Vaccination North-Western Provinces 1866-1877 - 1866-1877
Year: 1866
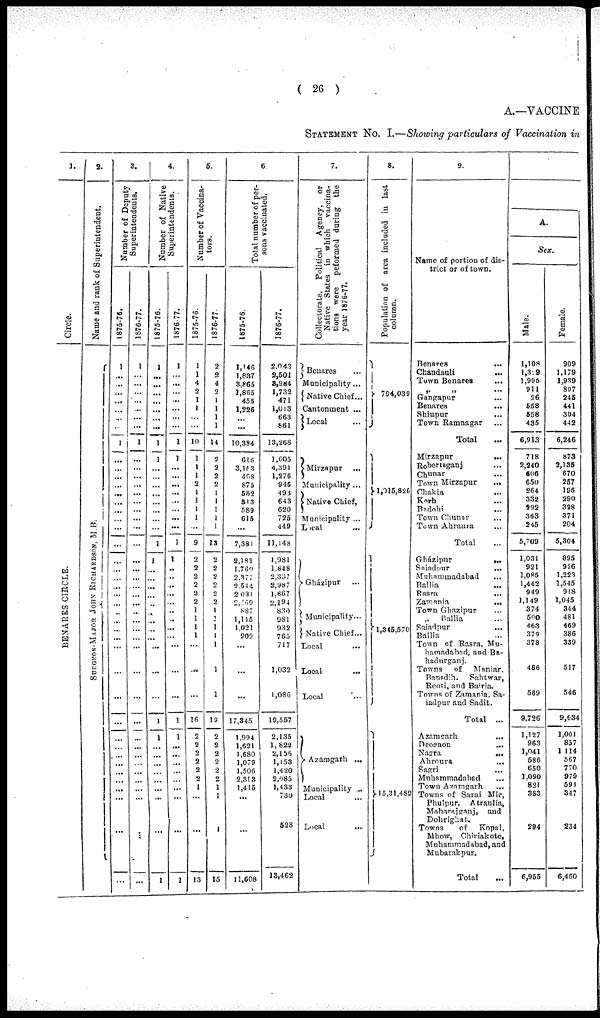
( 26 )
A.—VACCINE
STATEMENT No. I.—Showing particulars of Vaccination in
1.
Circle.
BENARES CI RCLE.
2.
Name and rank of Superintendent.
SURGEON-MAJOR J
OHN RICHARDS ON, M. B.
3.
Number of Deputy
Superintendents.
1875-76.
1
...
...
...
...
...
...
...
1
...
....
...
...
...
...
...
...
...
...
...
...
...
...
...
...
...
...
...
...
...
...
...
...
...
...
...
...
...
...
...
...
...
1876-77.
1
...
...
...
...
...
...
...
1
...
...
...
...
...
...
...
...
...
...
...
...
...
...
...
...
...
...
...
...
...
...
...
...
...
...
...
...
...
...
...
...
...
...
4.
Number of Native
Superintendents.
1875-76.
1
...
...
...
...
...
...
...
1
1
...
...
...
...
...
...
...
...
1
1
...
...
...
...
...
...
...
...
...
...
...
...
1
1
...
...
...
...
...
...
...
...
1
1876-77.
1
...
...
...
...
...
...
...
1
1
...
...
...
...
...
...
...
...
1
1
...
...
...
...
...
...
...
...
...
...
...
...
1
1
...
...
...
...
...
...
...
...
1
5.
Number of Vaccina-
tors.
1875-76.
1
1
4
2
1
1
...
...
10
1
1
1
2
1
1
1
1
...
9
2
2
2
2
2
2
1
1
1
1
...
...
...
16
2
2
2
2
2
2
1
...
...
13
1876-77.
2
2
4
2
1
1
1
1
14
2
2
2
2
1
1
1
1
1
13
2
2
2
2
2
2
1
1
1
1
1
1
1
19
2
2
2
2
2
2
1
1
1
15
6
Total number of per-
sons vaccinated.
1875-76.
1,146
1,837
3,865
1,865
455
1,226
...
...
10,384
616
3,163
468
875
552
513
589
615
...
7,381
2,182
1,760
2,377
2,544
2,081
2,169
887
1,115
1,021
909
...
...
...
17,345
1,994
1,621
1,680
1,079
1,506
2,313
1,415
...
...
11,608
1876-77.
2,043
2,501
8,984
1,732
471
1,013
663
861
13,268
1,605
4,391
1,276
946
493
643
620
725
449
11,143
1,981
1,848
2,337
2,987
1,867
2,194
830
981
932
765
717
1,032
1,086
19,557
2,135
1,822
2,156
1,153
1,420
2,085
1,433
730
528
13,462
7.
Collectorate. Political Agency, or
Native States in which vaccina-
tions were peformed during the
year 1876-77.
Benares ...
Municipality...
Native Chief...
Cantonment ...
Local
...
Mirzapur ...
Municipality...
Native Chief,
Municipality ...
Local
Gházipur ...
Municipality...
Native Chief...
Local ...
Local
...
Local ...
Azamgarh ...
Municipality ...
Local ...
Local
...
8.
Population of area included in last
column.
794,039
1,015,826
1,345,570
15,31,482
9.
Name of portion of dis-
trict or of town.
Benares ...
Chandauli
...
Town Benares ...
„
„
Gangapur ...
Benares ...
Shiupur ...
Town Ramnagar ...
Total ...
Mirzapur
...
Robertsganj ...
Chunar
Town Mirzapur ...
Chakia ...
Korh ...
Badohi ...
Town Chunar ...
Town Ahraura ...
Total
Gházipur
...
Saiadour
...
Muhammadabad ...
Ballia ...
Basra
...
Zamania
...
Town Ghazipur ...
„
Ballia ...
Saiadpur ...
Ballia
Town of Rasra, Mu-
hamadabad, and Ba-
hadurganj.
Towns of
Maniar,
Bansdih. Sahtwar,
Reoti, and Bairia.
Towns of Zamania, Sa-
iadpur and Sadit.
Total ...
Azamgarh ...
Deogaon ...
Nagra
...
Ahroura
...
Sagri ...
Muhammadabad ...
Town Azamgarh ...
Towns of Sarai Mir,
Phulpur. Atraulia,
Maharajganj, and
Dohrighat.
Towns
of
Kopal,
Mhow, Chiriakote,
Muhammadabad, and
Mubarakpur.
Total ...
A.
Sex.
Male.
1,108
1,339
1,996
911
26
558
558
435
6,913
718
2,240
606
650
264
332
292
363
245
5,709
1,031
921
1,085
1,442
949
1,149
374
500
463
379
378
486
569
9,726
1,127
963
1,041
586
650
1,090
821
383
294
6,955
Female.
909
1,179
1,939
807
245
441
304
442
6,246
873
2,135
670
257
196
290
328
371
204
5,304
895
926
1,223
1,545
918
1,045
344
481
469
386
339
517
546
9,634
1,001
857
1,114
567
770
979
591
347
234
6,460